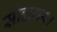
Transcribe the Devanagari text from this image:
सौदागर।